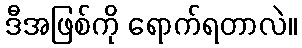
ဒီအဖြစ်ကို ရောက်ရတာလဲ။